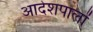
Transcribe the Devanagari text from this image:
आदेशपालों